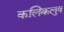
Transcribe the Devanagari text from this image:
कलिकलुष